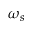
\omega _ { s }